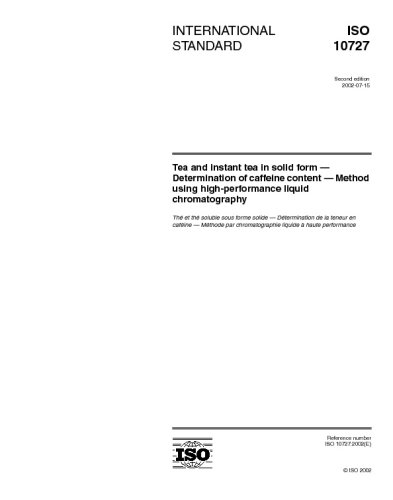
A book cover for ISO 10727:2002, Tea and instant tea in solid form - Determination of caffeine content - Method using high-performance liquid chromatography; ISO/TC 34/SC 8; Health, Fitness & Dieting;